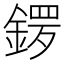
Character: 𨩡